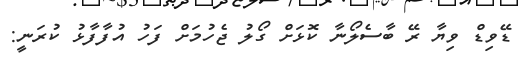
ޑޭވިޑް ވިޔާ ރޭ ބާސެލޯނާ ކޮޅަށް ގޯލު ޖެހުމަށް ފަހު އުފާފާޅު ކުރަނީ: